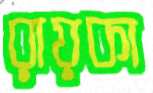
রায়কা